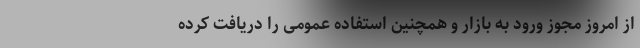
از امروز مجوز ورود به بازار و همچنین استفاده عمومی را دریافت کرده